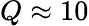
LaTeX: Q\approx 10